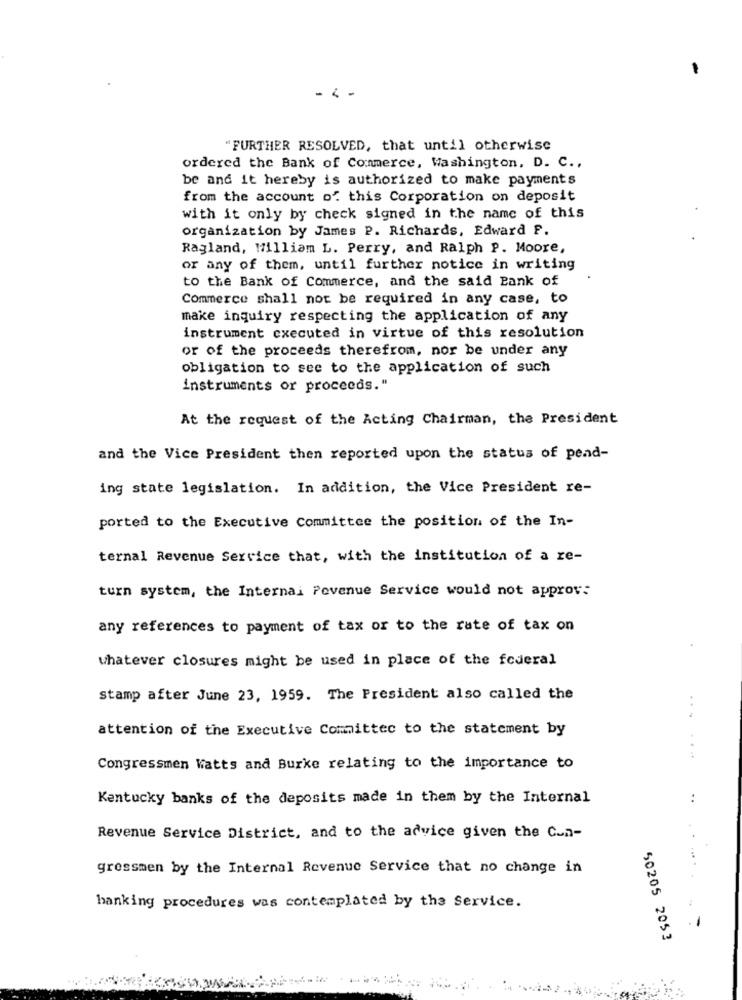
.. .
"FURTHER RESOLVED, that until otherwise
ordered the Bank of Commerce, Washington, D. C .,
be and it hereby is authorized to make payments
from the account o'. this Corporation on deposit
with it only by check signed in the name of this
organization by James P. Richards, Edward F.
Ragland, William L. Perry, and Ralph P. Moore,
or any of them, until further notice in writing
to the Bank of Commerce, and the said Bank of
Commerce shall not be required in any case, to
make inquiry respecting the application of any
instrument executed in virtue of this resolution
or of the proceeds therefrom, nor be under any
obligation to see to the application of such
instruments or proceeds."
At the request of the Acting Chairman, the President
and the Vice President then reported upon the status of pend-
ing state legislation. In addition, the Vice President re-
ported to the Executive Committee the position of the In-
ternal Revenue Service that, with the institution of a re-
turn system, the Internai Povenue Service would not approve
any references to payment of tax or to the rate of tax on
whatever closures might be used in place of the federal
stamp after June 23, 1959. The President also called the
attention of the Executive Committee to the statement by
Congressmen Watts and Burke relating to the importance to
Kentucky banks of the deposits made in them by the Internal
Revenue Service District, and to the advice given the Cun-
gressmen by the Internal Revenue Service that no change in
hanking procedures was contemplated by the Service.
-
50205 2053